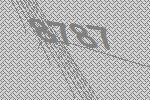
8787